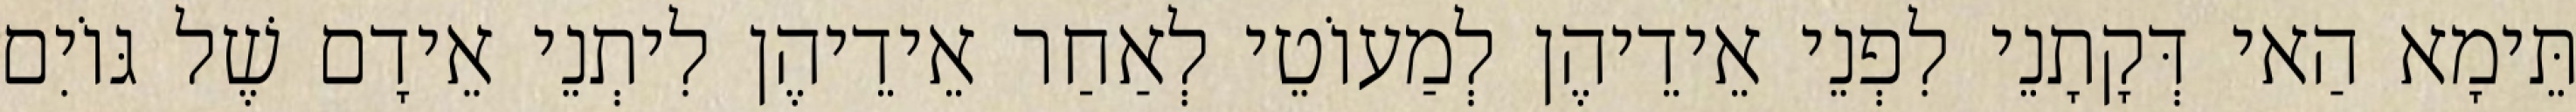
תֵּימָא הַאי דְּקָתָנֵי לִפְנֵי אֵידֵיהֶן לְמַעוֹטֵי לְאַחַר אֵידֵיהֶן לִיתְנֵי אֵידָם שֶׁל גּוֹיִם